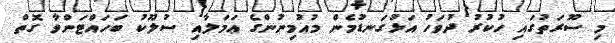
މި ސޫރަތުގައި ހުކުރު ދުވަހު އަޅުގަނޑުމެން މުއުމިނުންގެ ޢަމަލާއި ސުލޫކު ބަހައްޓަންވާ ގޮތް